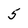
Character: 5